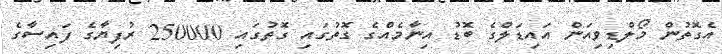
އެގޮތުން މޯލްޑިވިއަން އައިޑަލްގެ ބޮޑު އިނާމެއްގެ ގޮތުގައި ގޮތުގައި 250000 ރުފިޔާގެ ފައިސާގެ